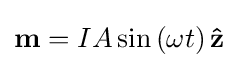
\mathbf {m} =IA\sin \left(\omega t\right)\mathbf {\hat {z}}